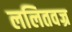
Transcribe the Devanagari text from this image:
ललितवज्र